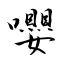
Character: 嚶